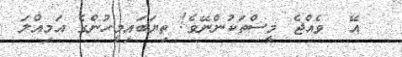
އޭ  ވެއްޖެ މީސްތަކުންނޭވެ! ތިޔަބައިމީހުންގެ އަމިއްލަ